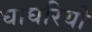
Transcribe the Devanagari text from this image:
घाघरियो